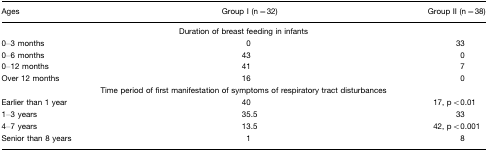
<table><thead><tr><td><b>Ages</b></td><td><b>Group I (n=32)</b></td><td><b>Group II (n=38)</b></td></tr></thead><tbody><tr><td colspan="3">Duration of breast feeding in infants</td></tr><tr><td>0–3 months</td><td>0</td><td>33</td></tr><tr><td>0–6 months</td><td>43</td><td>0</td></tr><tr><td>0–12 months</td><td>41</td><td>7</td></tr><tr><td>Over 12 months</td><td>16</td><td>0</td></tr><tr><td colspan="3">Time period of first manifestation of symptoms of respiratory tract disturbances</td></tr><tr><td>Earlier than 1 year</td><td>40</td><td>17, p&lt;0.01</td></tr><tr><td>1–3 years</td><td>35.5</td><td>33</td></tr><tr><td>4–7 years</td><td>13.5</td><td>42, p&lt;0.001</td></tr><tr><td>Senior than 8 years</td><td>1</td><td>8</td></tr></tbody></table>